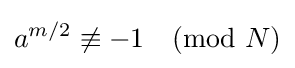
a^{m/2}\not \equiv -1{\pmod {N}}